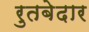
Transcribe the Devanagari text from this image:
रुतबेदार